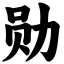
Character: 勋